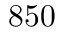
8 5 0